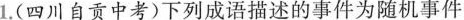
1.(四川自贡中考)下列成语描述的事件为随机事件